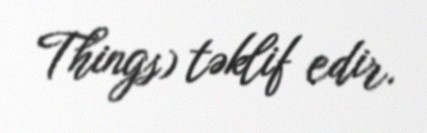
Things) təklif edir.